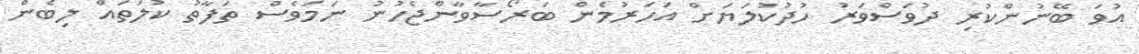
އުވަ ބޭނުންކުރި ދުވަސްވަރު ހުދުކުލަޔަށް އަހަރުމެން ބަރޯސާވާންޖެހުނު ނަމަވެސް ތަފާތު ކުލަތައް ލިބެން